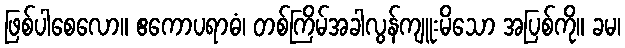
ဖြစ်ပါစေလော။ ဧကောပရာဓံ၊ တစ်ကြိမ်အခါလွန်ကျူးမိသော အပြစ်ကို။ ခမ၊